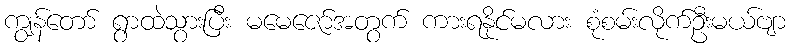
ကျွန်တော် ရွာထဲသွားပြီး မမေဇော်အတွက် ကားရနိုင်မလား စုံစမ်းလိုက်ဦးမယ်ဗျာ